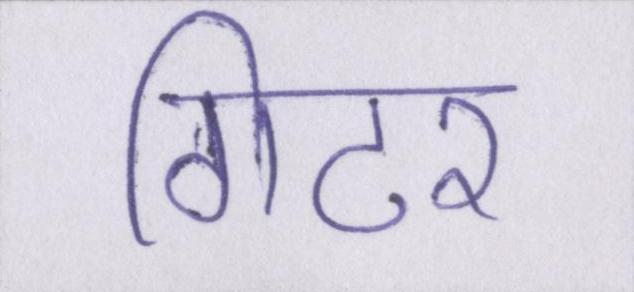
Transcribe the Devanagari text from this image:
गिटर